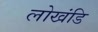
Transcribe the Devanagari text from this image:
लोखंडि